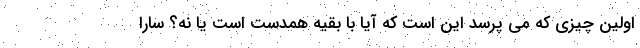
اولین چیزی که می پرسد این است که آیا با بقیه همدست است یا نه؟ سارا